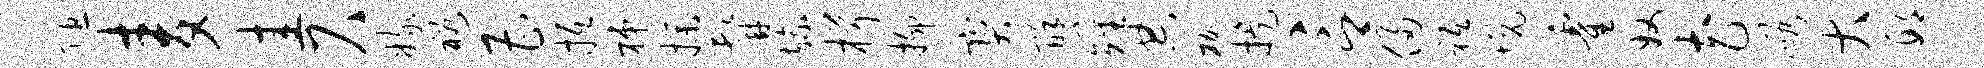
隰麦圭尺嫁裕曹抵梯操髯旒楫抑宝酥雉典枷提言侵祗悦霍奴花峪大邱